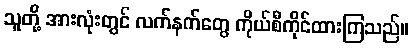
သူတို့ အားလုံးတွင် လက်နက်တွေ ကိုယ်စီကိုင်ထားကြသည်။